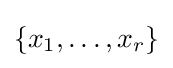
\{x_{1},\dots ,x_{r}\}